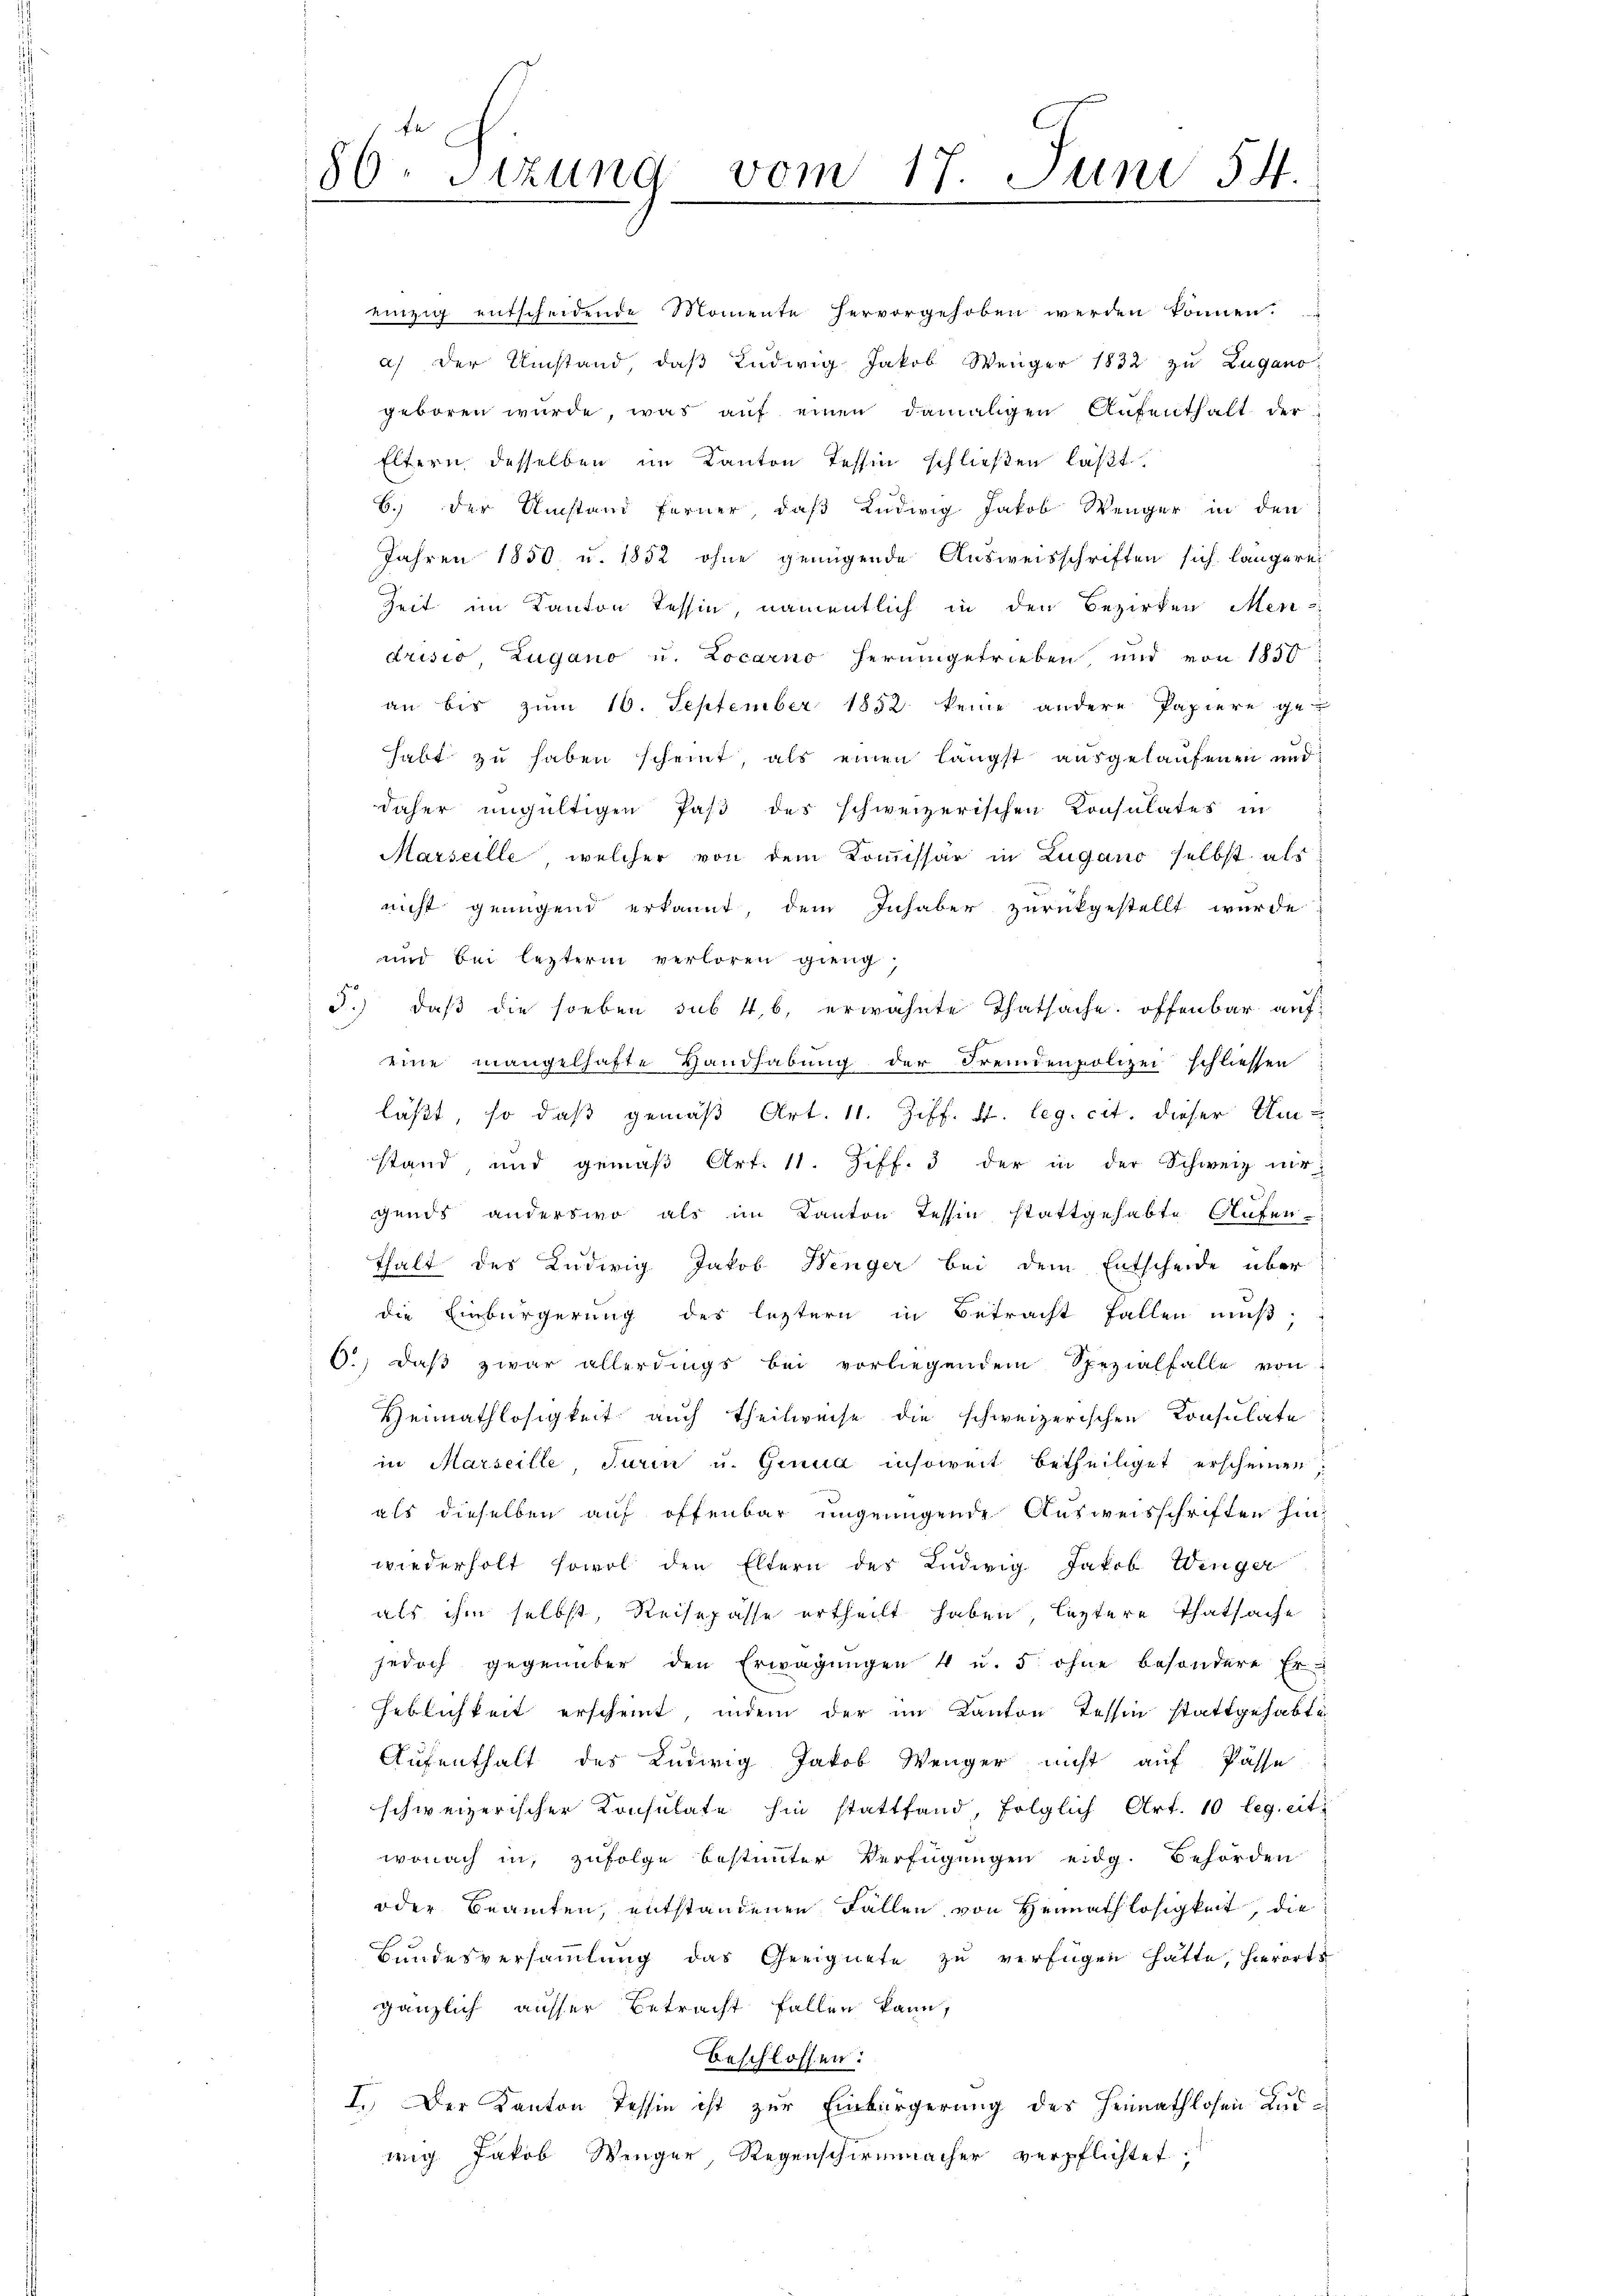
86. Sizung vom 17. Juni 54.

einzig entscheidende Momente hervorgehoben werden können.
a) der Umstand, daß Ludwig Jakob Wenger 1832 zu Lugano
geboren wurde, was auf einen damaligen Aufenthalt der
Eltern desselben im Kanton Tessin schließen läßt.
6.) der Umstand ferner, daß Ludwig Jakob Wenger in den
Jahren 1850 u. 1832 ohne genügende Ausweisschriften sich längere
Zeit im Kanton Tessin, namentlich in den Bezirken Mendrisio, Zugano u. Locarno herumgetrieben, und von 1850
an bis zum 10. September 1852 keine andere Papiere ge-
habt zu haben scheint als einen längst ausgelaufenen und
daher ungültigen Paß des schweizerischen Konsulates in
Marseille, welcher von dem Kommissär in Zugano selbst als
nicht genügend erkannt, dem Inhaber zurückgestellt wurde
und bei lezterm verloren gieng,
3.) daß die soeben sub 46, erwähnte Thatsache. offenbar aufeine mangelhafte Handhabung der Fremdenpolizei schliessen
läßt, so daß gemäß Art. 11. Ziff. d. leg. cit. dieser Um-
stand, und gemäß Art. 11. Ziff. 3 der in der Schweiz nir
gends anderswo als im Kanton Tessin stattgehabte Aufen-
thalt des Ludwig Jakob Wenger bei dem Entscheide über
die Einbürgerung des leztern in Betracht fallen muß,
6., daβ zwar allerdings bei vorliegendem Spezialfalle von
Heimathlosigkeit auch Theilweise die schweizerischen Konsulate
in Marseille Turin u. Grund insoweit betheiliget erscheinen
als dieselben auf offenbar ungenügende Ausweisschriften hinwiederholt sowol den Eltern des Ludwig Jakob Winger
als ihm selbst, Reisepässe ertheilt haben, leztere Thatsache:
jedoch gegenüber den Erwägŭngen 4 u. 5 ohne besondere Erheblichkeit erscheint, indem der im Kanton Tessin stattgehabte
Aufenthalt des Ludwig Jakob Wenger nicht auf Pässe
schweizerischer Konsulate hin stattfand, folglich Art. 10 leg. eit.
wonach in zufolge bestimmter Verfügungen eidg. Behörden
oder Beamten, entstandenen Fallen von Heimathlosigkeit, die
Bundesversammlung das Geeignete zu verfügen hatte, hierorts
gänzlich ausser Betracht fallen kann,
beschlossen:
I. Der Kanton Tessin ist zur Einbürgerung des Heimathlosen auswig Jakob Wenger, Regenschirmmacher verpflichtet,